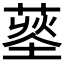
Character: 𦹨